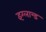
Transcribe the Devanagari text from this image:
इंग्लान्ड